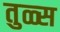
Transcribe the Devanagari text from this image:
तुळ्स